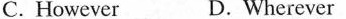
C. However D. Wherever